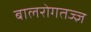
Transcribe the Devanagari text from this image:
बालरोगतज्‍ज्ञ